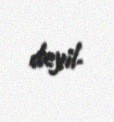
deyil.